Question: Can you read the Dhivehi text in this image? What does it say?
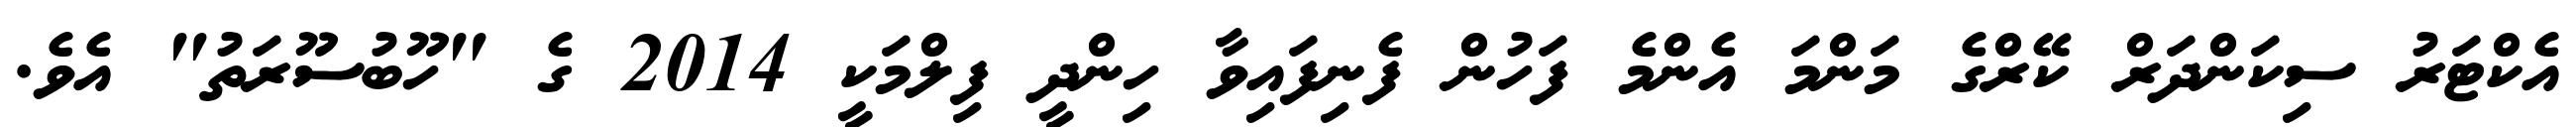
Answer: އެކްޓަރު ސިކަންދަރް ކޭރްގެ މަންމަ އެންމެ ފަހުން ފެނިފައިވާ ހިންދީ ފިލްމަކީ 2014 ގެ "ހޫބުސޫރަތު" އެވެ.